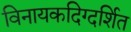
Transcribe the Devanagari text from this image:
विनायकदिग्दर्शित